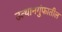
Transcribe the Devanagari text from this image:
उत्थानगुंफातील